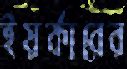
ইয়র্কারের